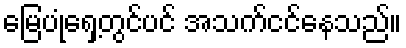
မြေပုံရှေ့တွင်ပင် အသက်ငင်နေသည်။